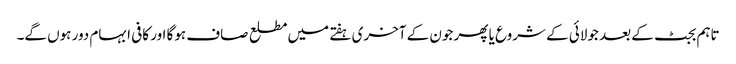
تاہم بجٹ کے بعد جولائی کے شروع یا پھر جون کے آخری ہفتے میں مطلع صاف ہوگا اور کافی ابہام دور ہوں گے۔